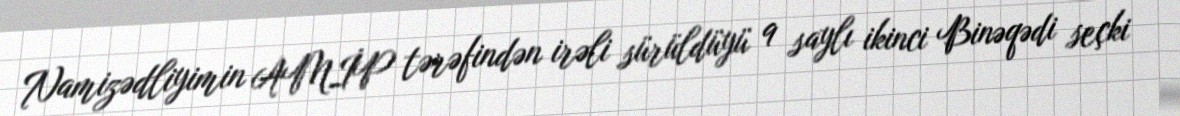
Namizədliyimin AMİP tərəfindən irəli sürüldüyü 9 saylı ikinci Binəqədi seçki